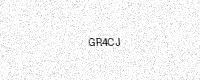
Text: GR4CJ